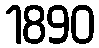
1890